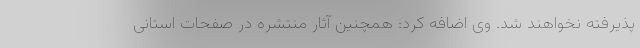
پذیرفته نخواهند شد. وی اضافه کرد: همچنین آثار منتشره در صفحات استانی